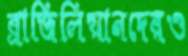
ব্রাজিলিয়ানদেরও